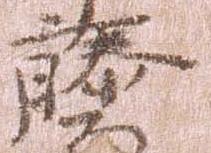
藤